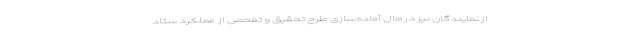
از نمایندگان نیز در حال آماده‌سازی طرح تحقیق و تفحص از عملکرد ستاد